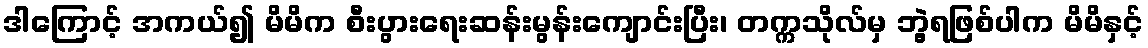
ဒါကြောင့် အကယ်၍ မိမိက စီးပွားရေးဆန်းမွန်းကျောင်းပြီး၊ တက္ကသိုလ်မှ ဘွဲ့ရဖြစ်ပါက မိမိနှင့်